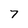
Character: 7